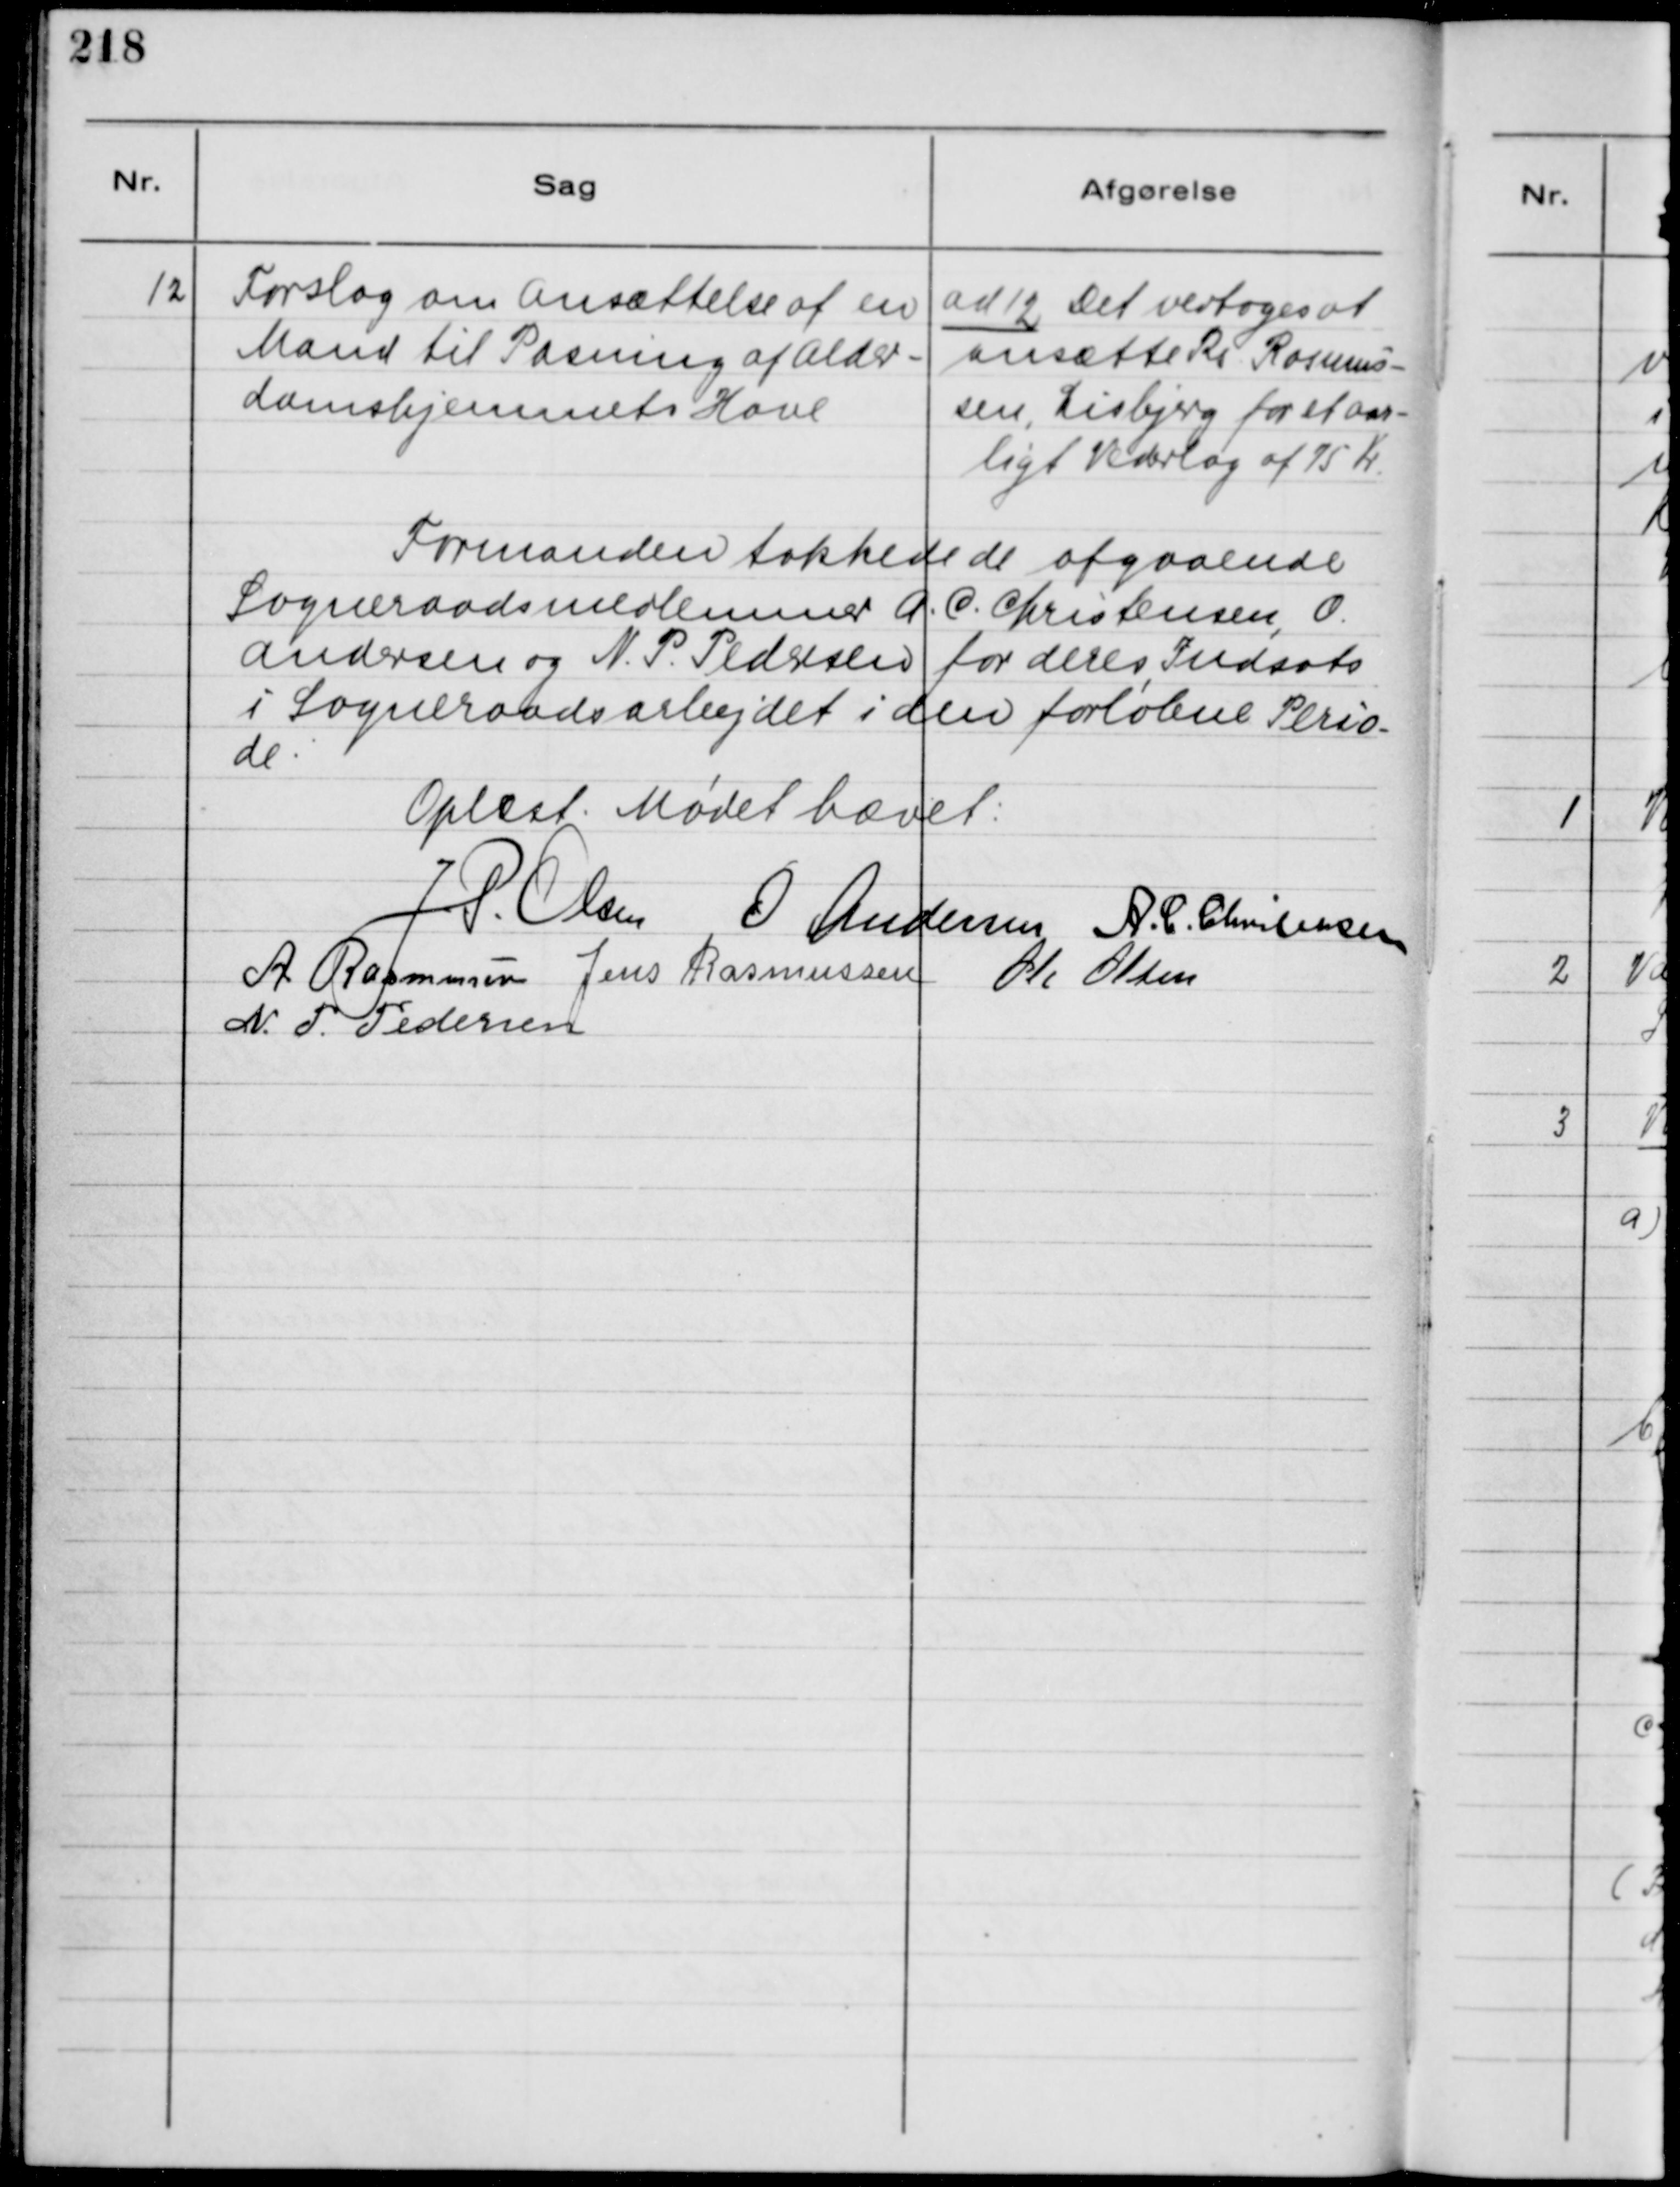
Transskription:
12
Forslag om Ansættelse af en
Mand til Pasning af Alder-
domshjemmets Have

ad 12 Det vedtoges at
ansætte Rs. Rasmus-
sen, Lisbjerg for et aar-
ligt Vederlag af 75 Kr.

Formanden takkede de afgaaende
Sogneraadsmedlemmer A. C. Christensen, O.
Andersen og N. P. Pedesen for deres Indsats
i Sogneraadsarbejdet i den forløbne Perio-
de.

Oplæst. Mødet hævet:
J. P. Olsen
O. Andersen
A. C. Christensen
A. Rasmussen
Jens Rasmussen
Ole Olsen
N. P. Pedersen